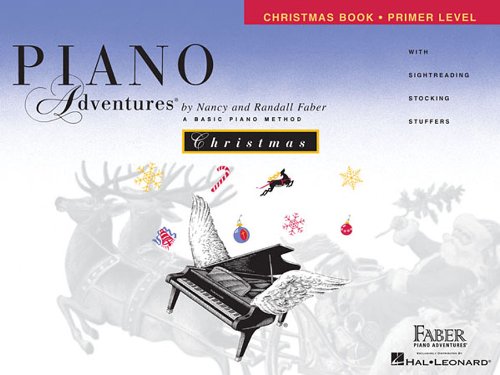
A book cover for Primer Level - Christmas Book: Piano Adventures (Piano Adventures: the Basic Piano Method); Humor & Entertainment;